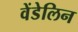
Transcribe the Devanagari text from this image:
वेंडेलिन